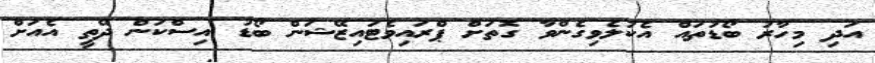
އަދި މިހާރު ބޯޑުތައް އެކުލެވިގެންވާ ގޮތަށް ޕްރައިވެޓައިޒޭޝަން ބޯޑު އިސްކަން ދޭތީ އެއަށް